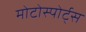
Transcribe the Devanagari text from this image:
मोटोस्पोर्ट्स